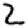
Digit: 2